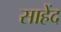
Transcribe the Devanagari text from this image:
साहेंद